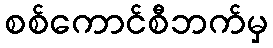
စစ်ကောင်စီဘက်မှ